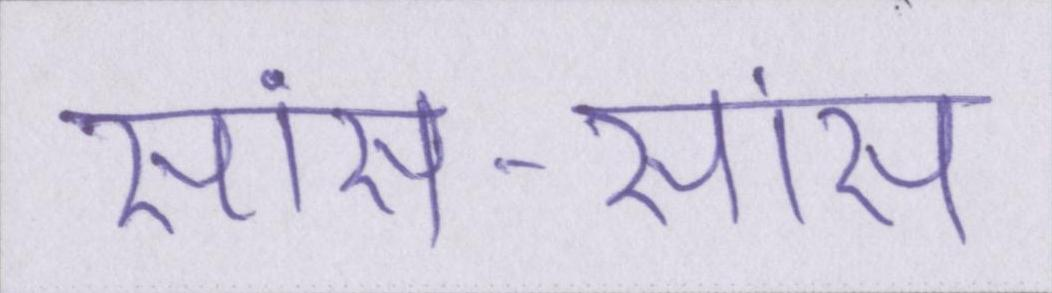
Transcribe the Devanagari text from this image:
सांस-सांस